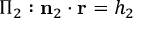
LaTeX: \Pi _ { 2 } : \mathbf { n } _ { 2 } \cdot \mathbf { r } = h _ { 2 }